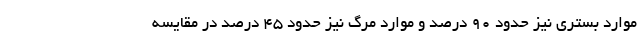
موارد بستری نیز حدود ۹۰ درصد و موارد مرگ نیز حدود ۴۵ درصد در مقایسه